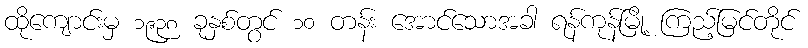
ထိုကျောင်းမှ ၁၉၃၈ ခုနှစ်တွင် ၁၀ တန်း အောင်သောအခါ ရန်ကုန်မြို့ ကြည့်မြင်တိုင်